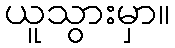
ယူသွားမှာ။